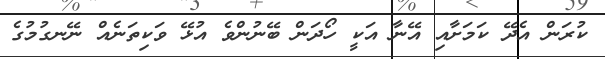
ކުރަން އެދޭ ކަމަށާއި އޭނާ އަކީ ހޯދަން ބޭނުންވެ އުޅޭ ވަކިތަނެއް ނޭނގުމުގެ